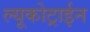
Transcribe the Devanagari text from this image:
ल्यूकोट्राईन